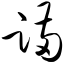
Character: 蹒